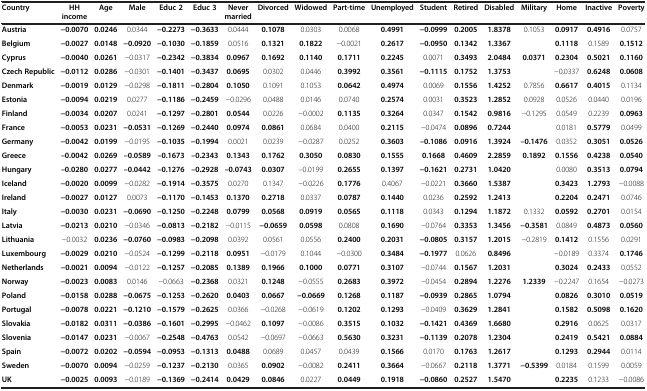
<table><thead><tr><td><b>Country</b></td><td><b>HH income</b></td><td><b>Age</b></td><td><b>Male</b></td><td><b>Educ 2</b></td><td><b>Educ 3</b></td><td><b>Never married</b></td><td><b>Divorced</b></td><td><b>Widowed</b></td><td><b>Part-time</b></td><td><b>Unemployed</b></td><td><b>Student</b></td><td><b>Retired</b></td><td><b>Disabled</b></td><td><b>Military</b></td><td><b>Home</b></td><td><b>Inactive</b></td><td><b>Poverty</b></td></tr></thead><tbody><tr><td><b>Austria</b></td><td><b>−0.0070</b></td><td><b>0.0246</b></td><td>0.0344</td><td><b>−0.2273</b></td><td><b>−0.3633</b></td><td>0.0444</td><td><b>0.1078</b></td><td>0.0303</td><td>0.0068</td><td><b>0.4991</b></td><td><b>−0.0999</b></td><td><b>0.2005</b></td><td><b>1.8378</b></td><td>0.1053</td><td><b>0.0917</b></td><td><b>0.4916</b></td><td>0.0757</td></tr><tr><td><b>Belgium</b></td><td><b>−0.0027</b></td><td><b>0.0148</b></td><td><b>−0.0920</b></td><td><b>−0.1030</b></td><td><b>−0.1859</b></td><td>0.0516</td><td><b>0.1321</b></td><td><b>0.1822</b></td><td>−0.0021</td><td><b>0.2617</b></td><td><b>−0.0950</b></td><td><b>0.1342</b></td><td><b>1.3367</b></td><td> </td><td><b>0.1118</b></td><td>0.1589</td><td><b>0.1512</b></td></tr><tr><td><b>Cyprus</b></td><td><b>−0.0040</b></td><td><b>0.0261</b></td><td>−0.0317</td><td><b>−0.2342</b></td><td><b>−0.3834</b></td><td><b>0.0967</b></td><td><b>0.1692</b></td><td><b>0.1140</b></td><td><b>0.1711</b></td><td><b>0.2245</b></td><td>0.0071</td><td><b>0.3493</b></td><td><b>2.0484</b></td><td><b>0.0371</b></td><td><b>0.2304</b></td><td><b>0.5021</b></td><td><b>0.1160</b></td></tr><tr><td><b>Czech Republic</b></td><td><b>−0.0112</b></td><td><b>0.0286</b></td><td>−0.0301</td><td><b>−0.1401</b></td><td><b>−0.3437</b></td><td><b>0.0695</b></td><td>0.0302</td><td>0.0446</td><td><b>0.3992</b></td><td><b>0.3561</b></td><td><b>−0.1115</b></td><td><b>0.1752</b></td><td><b>1.3753</b></td><td> </td><td>−0.0337</td><td><b>0.6248</b></td><td><b>0.0608</b></td></tr><tr><td><b>Denmark</b></td><td><b>−0.0019</b></td><td><b>0.0129</b></td><td>−0.0298</td><td><b>−0.1811</b></td><td><b>−0.2804</b></td><td><b>0.1050</b></td><td>0.1091</td><td>0.1053</td><td><b>0.0642</b></td><td><b>0.4974</b></td><td>0.0069</td><td><b>0.1556</b></td><td><b>1.4252</b></td><td>0.7856</td><td><b>0.6617</b></td><td><b>0.4015</b></td><td>0.1134</td></tr><tr><td><b>Estonia</b></td><td><b>−0.0094</b></td><td><b>0.0219</b></td><td>0.0277</td><td><b>−0.1186</b></td><td><b>−0.2459</b></td><td>−0.0296</td><td>0.0488</td><td>0.0146</td><td>0.0740</td><td><b>0.2574</b></td><td>0.0031</td><td><b>0.3523</b></td><td><b>1.2852</b></td><td>0.0928</td><td>0.0526</td><td>0.0440</td><td>0.0196</td></tr><tr><td><b>Finland</b></td><td><b>−0.0034</b></td><td><b>0.0207</b></td><td>0.0241</td><td><b>−0.1297</b></td><td><b>−0.2801</b></td><td><b>0.0544</b></td><td>0.0226</td><td>−0.0002</td><td><b>0.1135</b></td><td><b>0.3264</b></td><td>0.0347</td><td><b>0.1542</b></td><td><b>0.9816</b></td><td>−0.1295</td><td>0.0549</td><td>0.2239</td><td><b>0.0963</b></td></tr><tr><td><b>France</b></td><td><b>−0.0053</b></td><td><b>0.0231</b></td><td><b>−0.0531</b></td><td><b>−0.1269</b></td><td><b>−0.2440</b></td><td><b>0.0974</b></td><td><b>0.0861</b></td><td>0.0684</td><td>0.0400</td><td><b>0.2115</b></td><td>−0.0474</td><td><b>0.0896</b></td><td><b>0.7244</b></td><td> </td><td>0.0181</td><td><b>0.5779</b></td><td>0.0499</td></tr><tr><td><b>Germany</b></td><td><b>−0.0042</b></td><td><b>0.0199</b></td><td>−0.0195</td><td><b>−0.1035</b></td><td><b>−0.1994</b></td><td>0.0021</td><td>0.0239</td><td>−0.0287</td><td>0.0252</td><td><b>0.3603</b></td><td><b>–0.1086</b></td><td><b>0.0916</b></td><td><b>1.3924</b></td><td><b>–0.1476</b></td><td>0.0352</td><td><b>0.3051</b></td><td><b>0.0526</b></td></tr><tr><td><b>Greece</b></td><td><b>–0.0042</b></td><td><b>0.0269</b></td><td><b>–0.0589</b></td><td><b>–0.1673</b></td><td><b>–0.2343</b></td><td><b>0.1343</b></td><td><b>0.1762</b></td><td><b>0.3050</b></td><td><b>0.0830</b></td><td><b>0.1555</b></td><td><b>0.1668</b></td><td><b>0.4609</b></td><td><b>2.2859</b></td><td><b>0.1892</b></td><td><b>0.1556</b></td><td><b>0.4238</b></td><td><b>0.0540</b></td></tr><tr><td><b>Hungary</b></td><td><b>–0.0280</b></td><td><b>0.0277</b></td><td><b>–0.0442</b></td><td><b>–0.1276</b></td><td><b>–0.2928</b></td><td><b>–0.0743</b></td><td><b>0.0307</b></td><td>–0.0199</td><td><b>0.2655</b></td><td><b>0.1397</b></td><td><b>−0.1621</b></td><td><b>0.2731</b></td><td><b>1.0420</b></td><td> </td><td>0.0080</td><td><b>0.3513</b></td><td><b>0.0794</b></td></tr><tr><td><b>Iceland</b></td><td><b>−0.0020</b></td><td><b>0.0099</b></td><td>−0.0282</td><td><b>−0.1914</b></td><td><b>−0.3575</b></td><td>0.0270</td><td>0.1347</td><td>−0.0226</td><td><b>0.1776</b></td><td>0.4067</td><td>−0.0221</td><td><b>0.3660</b></td><td><b>1.5387</b></td><td> </td><td><b>0.3423</b></td><td><b>1.2793</b></td><td>−0.0088</td></tr><tr><td><b>Ireland</b></td><td><b>−0.0027</b></td><td><b>0.0127</b></td><td>0.0073</td><td><b>−0.1170</b></td><td><b>−0.1453</b></td><td><b>0.1370</b></td><td><b>0.2718</b></td><td>0.0337</td><td><b>0.0787</b></td><td><b>0.1440</b></td><td>0.0236</td><td><b>0.2592</b></td><td><b>1.2413</b></td><td> </td><td><b>0.2204</b></td><td><b>0.2471</b></td><td>0.0746</td></tr><tr><td><b>Italy</b></td><td><b>−0.0030</b></td><td><b>0.0231</b></td><td><b>−0.0690</b></td><td><b>−0.1250</b></td><td><b>−0.2248</b></td><td><b>0.0799</b></td><td><b>0.0568</b></td><td><b>0.0919</b></td><td><b>0.0565</b></td><td><b>0.1118</b></td><td>0.0343</td><td><b>0.1294</b></td><td><b>1.1872</b></td><td>0.1332</td><td><b>0.0592</b></td><td><b>0.2701</b></td><td>0.0154</td></tr><tr><td><b>Latvia</b></td><td><b>−0.0213</b></td><td><b>0.0210</b></td><td>−0.0346</td><td><b>−0.0813</b></td><td><b>−0.2182</b></td><td>−0.0115</td><td><b>−0.0659</b></td><td><b>0.0598</b></td><td>0.0808</td><td><b>0.1690</b></td><td>−0.0764</td><td><b>0.3353</b></td><td><b>1.3456</b></td><td><b>−0.3581</b></td><td>0.0849</td><td><b>0.4873</b></td><td><b>0.0560</b></td></tr><tr><td><b>Lithuania</b></td><td>−0.0032</td><td><b>0.0236</b></td><td><b>−0.0760</b></td><td><b>−0.0983</b></td><td><b>−0.2098</b></td><td>0.0392</td><td>0.0561</td><td>0.0556</td><td><b>0.2400</b></td><td><b>0.2031</b></td><td><b>−0.0805</b></td><td><b>0.3157</b></td><td><b>1.2015</b></td><td>−0.2819</td><td><b>0.1412</b></td><td>0.1556</td><td>0.0291</td></tr><tr><td><b>Luxembourg</b></td><td><b>−0.0029</b></td><td><b>0.0210</b></td><td>−0.0524</td><td><b>−0.1299</b></td><td><b>−0.2118</b></td><td><b>0.0951</b></td><td>−0.0179</td><td>0.1044</td><td>−0.0300</td><td><b>0.3484</b></td><td><b>−0.1977</b></td><td>0.0626</td><td><b>0.8496</b></td><td> </td><td>−0.0189</td><td>0.3374</td><td><b>0.1746</b></td></tr><tr><td><b>Netherlands</b></td><td><b>−0.0021</b></td><td><b>0.0094</b></td><td>−0.0122</td><td><b>−0.1257</b></td><td><b>−0.2085</b></td><td><b>0.1389</b></td><td><b>0.1966</b></td><td><b>0.1000</b></td><td><b>0.0771</b></td><td><b>0.3107</b></td><td>−0.0744</td><td><b>0.1567</b></td><td><b>1.2031</b></td><td> </td><td><b>0.3024</b></td><td><b>0.2433</b></td><td>0.0552</td></tr><tr><td><b>Norway</b></td><td><b>−0.0023</b></td><td><b>0.0083</b></td><td>0.0146</td><td>−0.0663</td><td><b>−0.2368</b></td><td>0.0321</td><td><b>0.1248</b></td><td>−0.0555</td><td><b>0.2683</b></td><td><b>0.3972</b></td><td>−0.0454</td><td><b>0.2894</b></td><td><b>1.2276</b></td><td><b>1.2339</b></td><td>−0.2247</td><td>0.1654</td><td>−0.0273</td></tr><tr><td><b>Poland</b></td><td><b>−0.0158</b></td><td><b>0.0288</b></td><td><b>−0.0675</b></td><td><b>−0.1253</b></td><td><b>−0.2620</b></td><td><b>0.0403</b></td><td><b>0.0667</b></td><td><b>−0.0669</b></td><td><b>0.1268</b></td><td><b>0.1187</b></td><td><b>−0.0939</b></td><td><b>0.2865</b></td><td><b>1.0794</b></td><td> </td><td><b>0.0826</b></td><td><b>0.3010</b></td><td><b>0.0519</b></td></tr><tr><td><b>Portugal</b></td><td><b>−0.0078</b></td><td><b>0.0221</b></td><td><b>−0.1210</b></td><td><b>−0.1579</b></td><td><b>−0.2625</b></td><td>0.0366</td><td>−0.0268</td><td>−0.0619</td><td><b>0.1202</b></td><td><b>0.1293</b></td><td>−0.0409</td><td><b>0.3629</b></td><td><b>1.2841</b></td><td> </td><td><b>0.1582</b></td><td><b>0.5098</b></td><td><b>0.1620</b></td></tr><tr><td><b>Slovakia</b></td><td><b>−0.0182</b></td><td><b>0.0311</b></td><td><b>−0.0386</b></td><td><b>−0.1601</b></td><td><b>−0.2995</b></td><td>−0.0462</td><td><b>0.1097</b></td><td>−0.0086</td><td><b>0.3515</b></td><td><b>0.1032</b></td><td><b>−0.1421</b></td><td><b>0.4369</b></td><td><b>1.6680</b></td><td> </td><td><b>0.2916</b></td><td>0.0625</td><td>0.0317</td></tr><tr><td><b>Slovenia</b></td><td><b>−0.0147</b></td><td><b>0.0231</b></td><td>−0.0067</td><td><b>−0.2548</b></td><td><b>−0.4763</b></td><td>0.0542</td><td>−0.0697</td><td>−0.0663</td><td><b>0.5630</b></td><td><b>0.3231</b></td><td><b>−0.1139</b></td><td><b>0.2078</b></td><td><b>1.2304</b></td><td> </td><td><b>0.2419</b></td><td><b>0.5421</b></td><td><b>0.0884</b></td></tr><tr><td><b>Spain</b></td><td><b>−0.0072</b></td><td><b>0.0202</b></td><td><b>−0.0594</b></td><td><b>−0.0953</b></td><td><b>−0.1313</b></td><td><b>0.0488</b></td><td>0.0689</td><td>0.0457</td><td>0.0439</td><td><b>0.1566</b></td><td>0.0170</td><td><b>0.1763</b></td><td><b>1.2617</b></td><td> </td><td><b>0.1293</b></td><td><b>0.2944</b></td><td>0.0114</td></tr><tr><td><b>Sweden</b></td><td><b>−0.0070</b></td><td><b>0.0094</b></td><td>−0.0259</td><td><b>−0.1237</b></td><td><b>−0.2130</b></td><td>0.0365</td><td><b>0.0902</b></td><td>−0.0082</td><td><b>0.2411</b></td><td><b>0.3664</b></td><td>−0.0667</td><td><b>0.2118</b></td><td><b>1.3771</b></td><td><b>−0.5399</b></td><td>0.0184</td><td>0.1599</td><td>0.0059</td></tr><tr><td><b>UK</b></td><td><b>−0.0025</b></td><td><b>0.0093</b></td><td>−0.0189</td><td><b>−0.1369</b></td><td><b>−0.2414</b></td><td><b>0.0429</b></td><td><b>0.0846</b></td><td>0.0227</td><td><b>0.0449</b></td><td><b>0.1918</b></td><td><b>−0.0860</b></td><td><b>0.2527</b></td><td><b>1.5470</b></td><td> </td><td><b>0.2235</b></td><td>0.1233</td><td>−0.0086</td></tr></tbody></table>